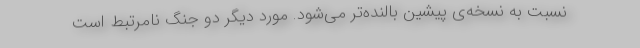
نسبت به نسخه‌ی پیشین بالنده‌تر می‌شود. مورد دیگر دو جنگ نامرتبط است